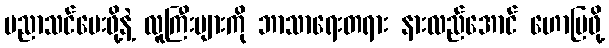
ပညာသင်ပေးဖို့နဲ့ လူကြီးများကို ဘာသာရေးတရား နားလည်အောင် ဟောပြဖို့